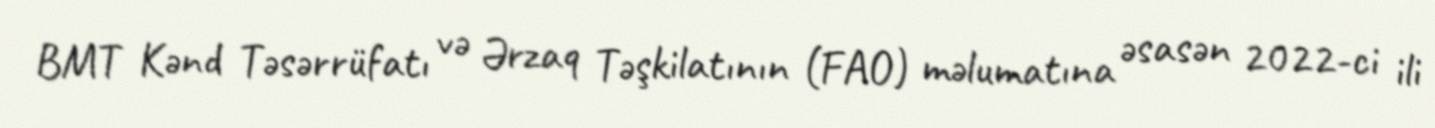
BMT Kənd Təsərrüfatı və Ərzaq Təşkilatının (FAO) məlumatına əsasən 2022-ci ili